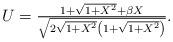
LaTeX: \begin{align*}\begin{array}{c}U=\frac{1+\sqrt{1+X^2}+\beta X}{\sqrt{2\sqrt{1+X^2}\left(1+\sqrt{1+X^2}\right)}}. \end{array} \end{align*}